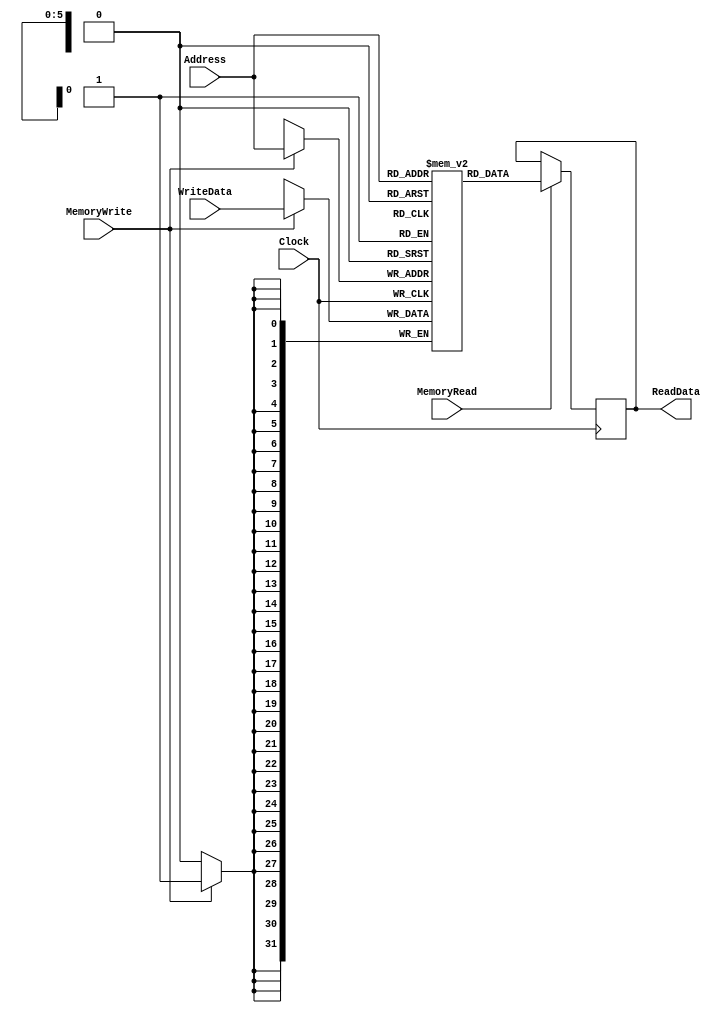
`timescale 1ns / 1ps

module DataMemory( output reg [31:0] ReadData, input [5:0] Address, input [31:0] WriteData, input MemoryRead, input MemoryWrite, input Clock );
 
 // ReadData - Data output
 // Addresss - Address bus for read/write
 // WriteData - Data input
 // MemoryRead - Read signal
 // MemoryWrite - Write signal
 // Clock - Clock signal
 
 // Each word is 32 bits
 // Hence, we need 64 words for 256 bytes storage
 // 64 x 32 bits = 2048 bits = 256 bytes
 
reg [31:0] data_memory[63:0]; // 64 elements x 32 bit wide element

// Writes are synchronous on negative edge of clock
always @(negedge Clock) begin
    // Check if write signal is high
    if ( MemoryWrite == 1'b1 ) begin
        data_memory[Address] <= WriteData;
    end
end

// Reads are synchronous on positive edge of clock
always @(posedge Clock) begin
    // Check if read signal is high
    if ( MemoryRead == 1'b1 ) begin
        ReadData <= data_memory[Address];
    end
end

endmodule